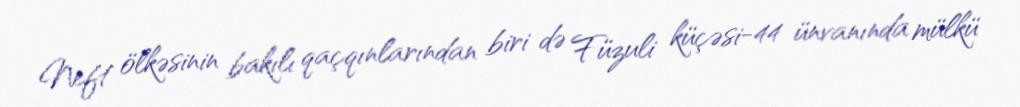
Neft ölkəsinin bakılı qaçqınlarından biri də Füzuli küçəsi-44 ünvanında mülkü